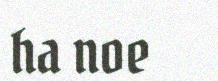
ha noe